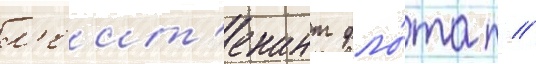
л'еит'енант фло́та п //